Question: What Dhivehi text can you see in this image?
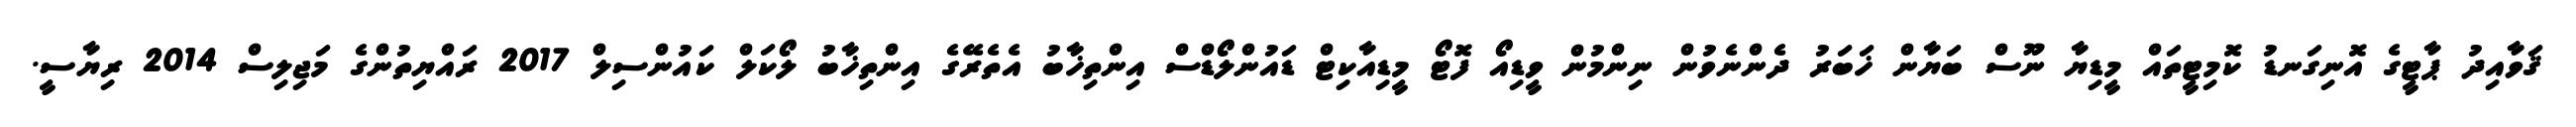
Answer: ޤަވާއިދު ޕާޓީގެ އޮނިގަނޑު ކޮމިޓީތައް މީޑިޔާ ނޫސް ބަޔާން ޚަބަރު ދެންނެވުން ނިންމުން ވީޑިއޯ ފޮޓޯ މީޑިއާކިޓް ޑައުންލޯޑްސް އިންތިޚާބު އެތެރޭގެ އިންތިޚާބު ލޯކަލް ކައުންސިލް 2017 ރައްޔިތުންގެ މަޖިލިސް 2014 ރިޔާސީ.